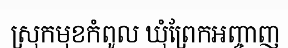
ស្រុកមុខកំពូល ឃុំព្រែកអញ្ចាញ